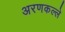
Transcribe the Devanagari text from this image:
अरणकल्ले